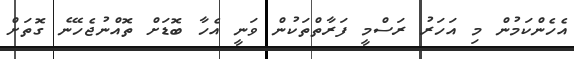
އެހެންކަމުން މި އަހަރު ރަސްމީ ފަރާތްތަކުން ވަނީ އެހާ ބޮޑަށް ތޮއްނުޖެހޭނެ ގޮތަށް